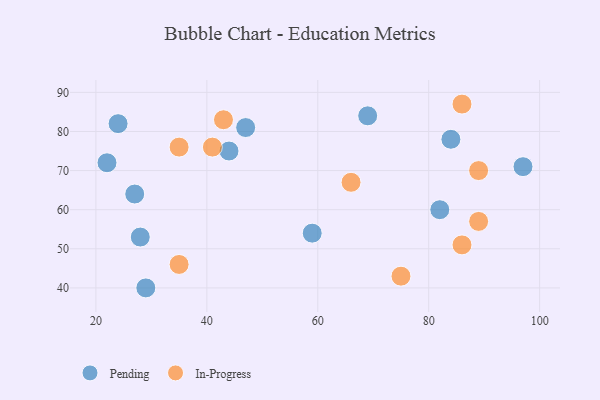
{"axis": {"x": "GDP", "y": "Life Expectancy"}, "legend": ["In-Progress", "Pending"], "data": [{"x": "27", "y": 64, "type": "Pending"}, {"x": "28", "y": 53, "type": "Pending"}, {"x": "97", "y": 71, "type": "Pending"}, {"x": "29", "y": 40, "type": "Pending"}, {"x": "44", "y": 75, "type": "Pending"}, {"x": "84", "y": 78, "type": "Pending"}, {"x": "22", "y": 72, "type": "Pending"}, {"x": "59", "y": 54, "type": "Pending"}, {"x": "69", "y": 84, "type": "Pending"}, {"x": "82", "y": 60, "type": "Pending"}, {"x": "47", "y": 81, "type": "Pending"}, {"x": "24", "y": 82, "type": "Pending"}, {"x": "35", "y": 46, "type": "In-Progress"}, {"x": "86", "y": 87, "type": "In-Progress"}, {"x": "35", "y": 76, "type": "In-Progress"}, {"x": "43", "y": 83, "type": "In-Progress"}, {"x": "86", "y": 51, "type": "In-Progress"}, {"x": "75", "y": 43, "type": "In-Progress"}, {"x": "41", "y": 76, "type": "In-Progress"}, {"x": "66", "y": 67, "type": "In-Progress"}, {"x": "89", "y": 70, "type": "In-Progress"}, {"x": "89", "y": 57, "type": "In-Progress"}]}